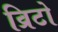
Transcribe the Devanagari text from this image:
व्रिटो